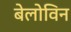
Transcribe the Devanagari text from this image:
बेलोविन